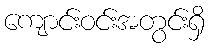
ကျောင်းဝင်းအတွင်းရှိ